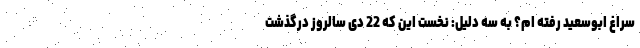
سراغ ابوسعید رفته ‌ام؟ به سه دلیل: نخست این که 22 دی سالروز درگذشت